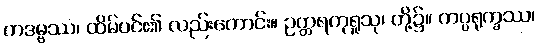
ကဒမ္ဗဿ၊ ထိမ်ပင်၏ လည်းကောင်း။ ဥတ္တရကုရူသု၊ တို့၌။ ကပ္ပရုက္ခဿ၊